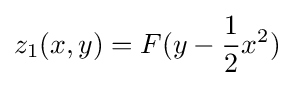
z_{1}(x,y)=F(y-{\frac {1}{2}}x^{2})